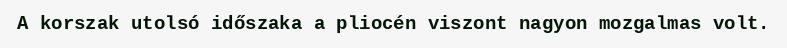
A korszak utolsó időszaka a pliocén viszont nagyon mozgalmas volt.